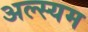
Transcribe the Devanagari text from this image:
अल्स्यम